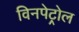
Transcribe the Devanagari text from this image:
विनपेट्रोल